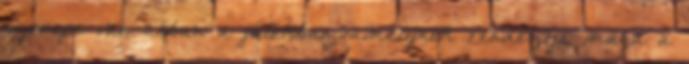
szerepe van abban a játékban, amelynek rendezője maga a